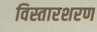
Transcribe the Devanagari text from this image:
विस्तारशरण